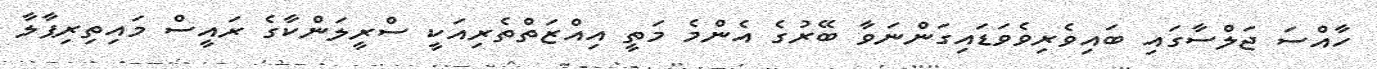
ހާއްސަ ޖަލްސާގައި ބައިވެރިވެވަޑައިގަންނަވާ ބޭރުގެ އެންމެ މަތީ އިއްޒަތްތެރިއަކީ ސްރީލަންކާގެ ރައީސް މައިތިރިޕާލާ